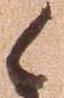
候